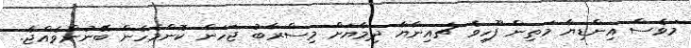
މަވެސް އިންޑިޔާ މަތިން ފޫހިވެ ޗައިނާޔާ ދިމާޔަށް މިސްރާބު ޖަހަން ކޮންމެހެން ބޭނުންވެއްޖެ.